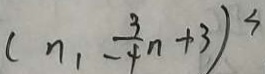
( n , - \frac { 3 } { 4 } n + 3 ) ^ { 3 }